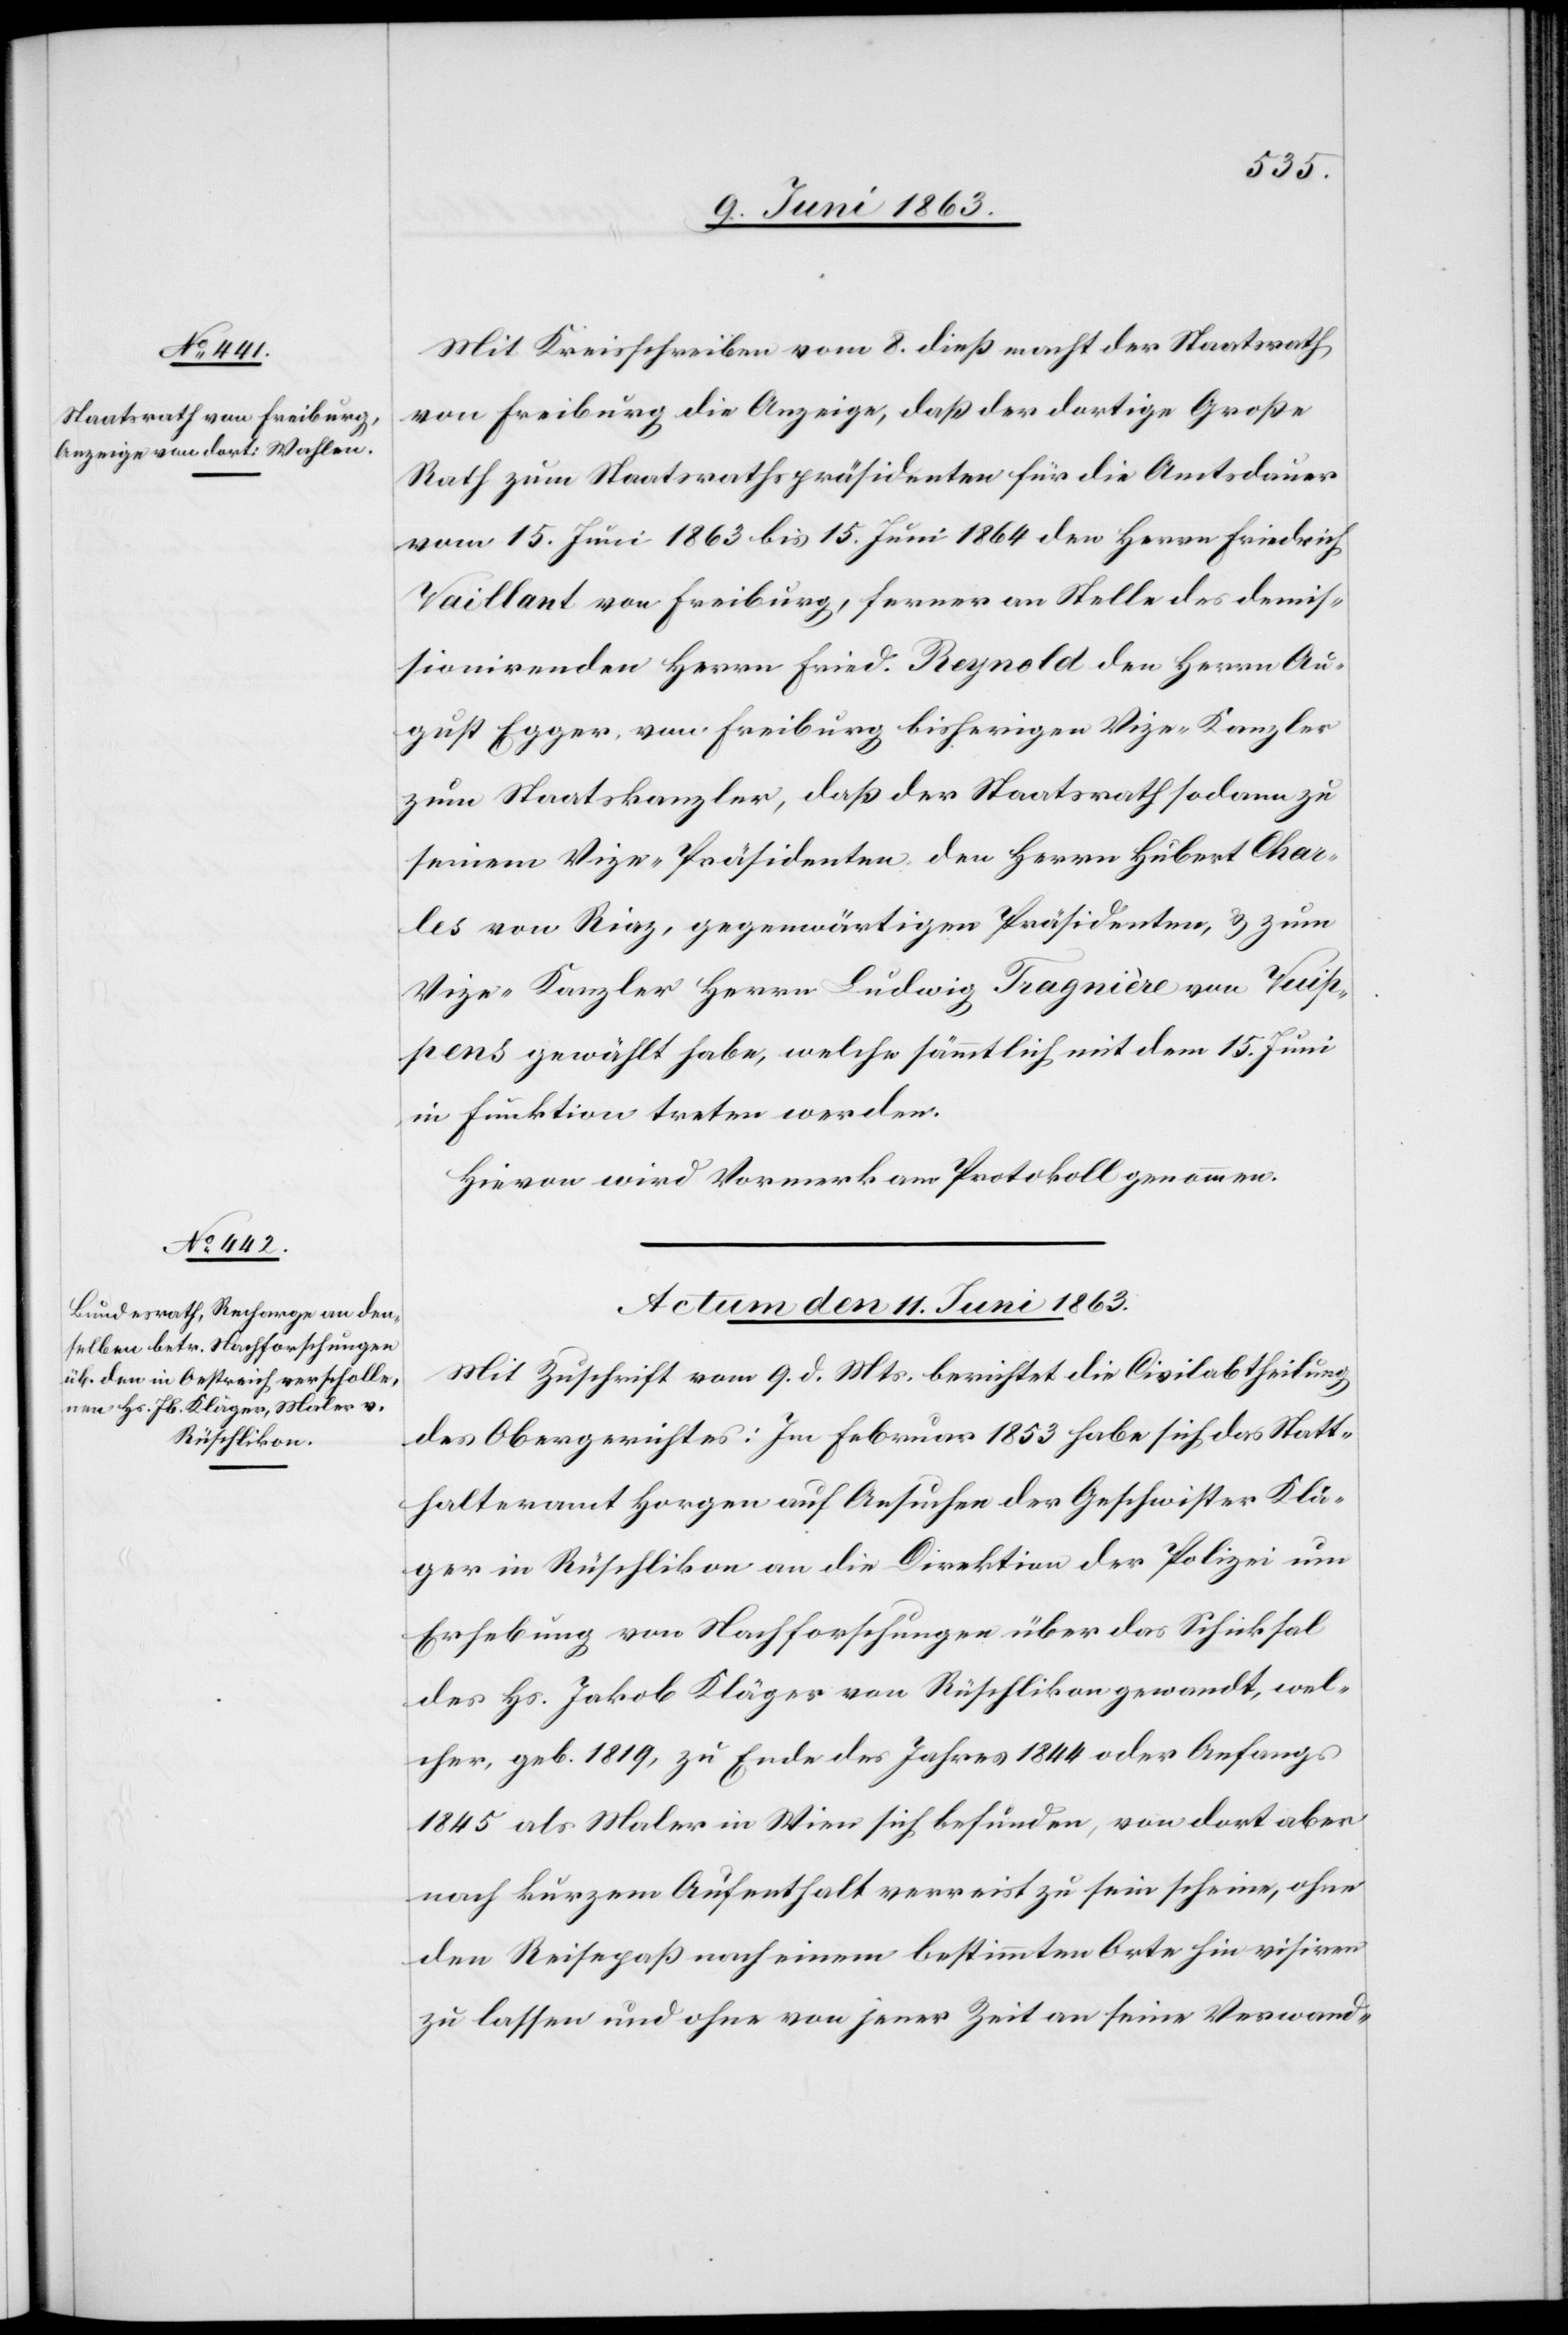
Mit Kreisschreiben vom 8. dieß macht der Staatsrath
von Freiburg die Anzeige, daß der dortige Große
Rath zum Staatsrathspräsidenten für die Amtsdauer
vom 15. Juni 1863 bis 15. Juni 1864 den Herrn Friedrich
Vaillant von Freiburg, ferner an Stelle des demis¬
sionirenden Herrn Fried. Reynold den Herrn Au¬
gust Egger, von Freiburg bisherigen Vize-Kanzler
zum Staatskanzler, daß der Staatsrath sodann zu
seinem Vize-Präsidenten den Herrn Hubert Char¬
les von Riaz, gegenwärtigen Präsidenten, & zum
Vize-Kanzler Herrn Ludwig Tragnière von Vuip¬
pens gewählt habe, welche sämmtlich mit dem 15. Juni
in Funktion treten werden.
Hievon wird Vormerk am Protokoll genommen.
Actum den 11. Juni 1863.
Mit Zuschrift vom 9. d. Mts. berichtet die Civilabtheilung
des Obergerichtes: Im Februar 1853 habe sich das Statt¬
halteramt Horgen auf Ansuchen der Geschwister Klä¬
ger in Rüschlikon an die Direktion der Polizei um
Erhebung von Nachforschungen über das Schicksal
des Hs. Jakob Kläger von Rüschlikon gewandt, wel¬
cher, geb. 1819, zu Ende 1844 oder Anfangs 1845 als Maler
nach kurzem Aufenthalt verreist zu sein scheine, ohne
den Reisepaß nach einem bestimmten Orte hin visiren
zu lassen und ohne von jener Zeit an seine Verwand-